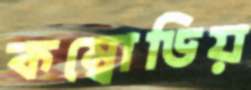
কম্বোডিয়